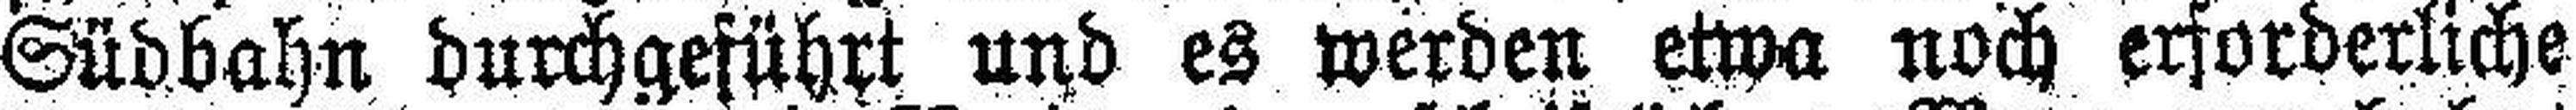
Südbahn durchgeführt und es werden etwa noch erforderliche